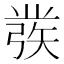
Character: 彂